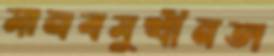
মানবমুখীনতা